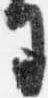
司